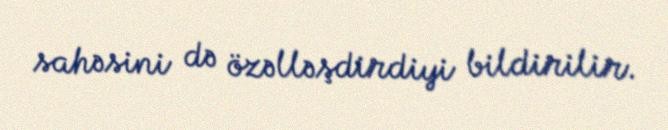
sahəsini də özəlləşdirdiyi bildirilir.